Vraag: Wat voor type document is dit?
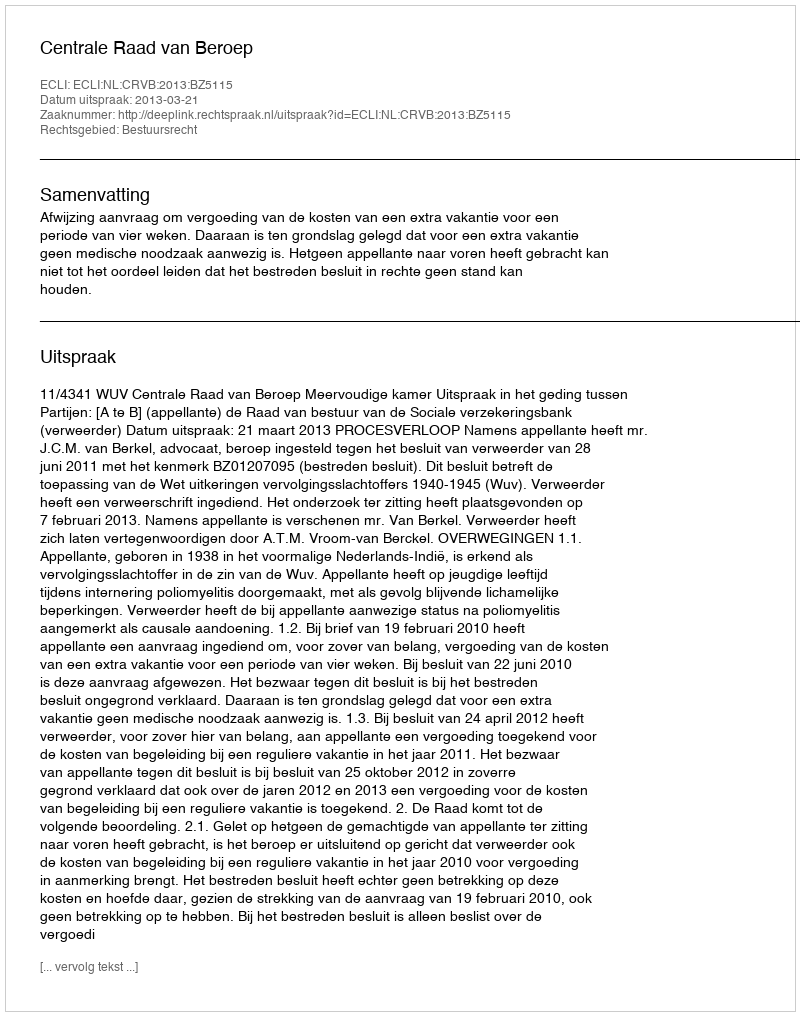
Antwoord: Uitspraak